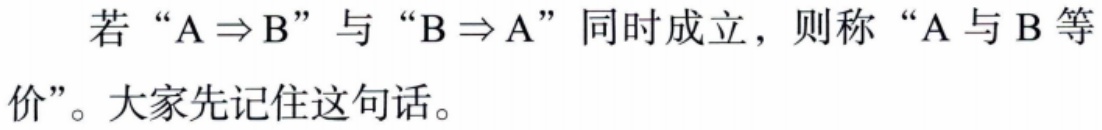
若 “\(A\Rightarrow B\)” 与 “\(B\Rightarrow A\)” 同时成立，则称 “\(A\) 与 \(B\) 等价”。大家先记住这句话。